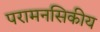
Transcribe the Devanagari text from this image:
परामनसिकीय